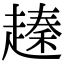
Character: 𧽕